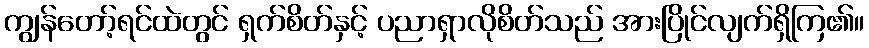
ကျွန်တော့်ရင်ထဲတွင် ရှက်စိတ်နှင့် ပညာရှာလိုစိတ်သည် အားပြိုင်လျက်ရှိကြ၏။